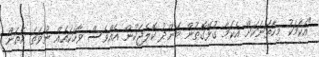
"އެކަމަކު މިހާތަނަކަށް އެކަމާ ގުޅޭގޮތުން މަންދު ކޮލެޖަކުން އެއްވެސް ވާހަކައެއް ނުވަތަ އެތަން